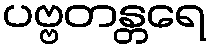
ပဗ္ဗတန္တရေ